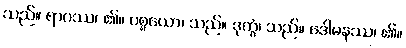
သည်။ ရာဂဿ၊ ၏။ ပစ္စယော၊ သည်။ ဒုက္ခံ၊ သည်။ ဒေါမနဿ၊ ၏။